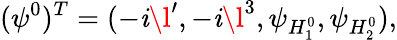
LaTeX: (\psi^{0})^{T}=(-\mathit{i}\l^{\prime},-\mathit{i}\l^{3},\psi_{H_{1}^{0}},\psi_{H_{2}^{0}}),